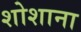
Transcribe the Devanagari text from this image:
शोशाना